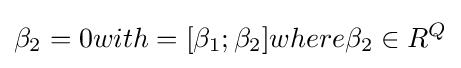
\beta _{2}=0with=[\beta _{1};\beta _{2}]where\beta _{2}\in R^{Q}